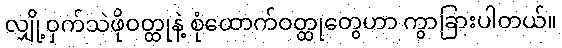
လျှို့ဝှက်သဲဖိုဝတ္ထုနဲ့ စုံထောက်ဝတ္ထုတွေဟာ ကွာခြားပါတယ်။